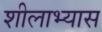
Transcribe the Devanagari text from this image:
शीलाभ्यास